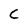
Character: c